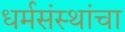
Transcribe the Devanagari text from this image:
धर्मसंस्थांचा